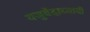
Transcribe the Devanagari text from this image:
यजुर्वेदाध्यायी